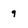
Character: 9